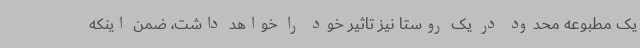
یک مطبوعه محدود در یک روستا نیز تاثیر خود را خواهد داشت، ضمن اینکه